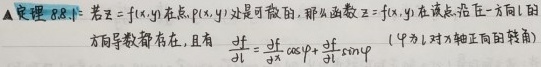
定理 8.8.1 若 $z = f(x,y)$ 在点 $P(x,y)$ 处是可微的, 那么函数 $z = f(x,y)$ 在该点沿任一方向 $l$ 的方向导数都存在, 且有 $\frac{\partial f}{\partial l}=\frac{\partial f}{\partial x} \cos \varphi+\frac{\partial f}{\partial y} \sin \varphi$ ($\varphi$ 为 $l$ 与 $x$ 轴正向的转角).